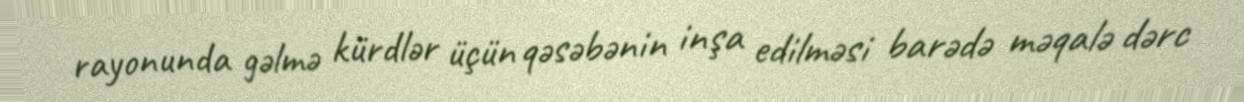
rayonunda gəlmə kürdlər üçün qəsəbənin inşa edilməsi barədə məqalə dərc